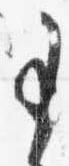
事